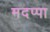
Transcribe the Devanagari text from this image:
मदप्पा